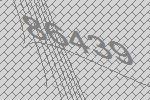
86439